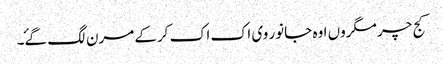
کج چر مگروں اوہ جانور وی اک اک کرکے مرن لگ گۓ۔